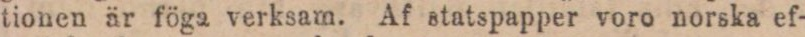
tionen är föga verksam. Af statspapper voro norska ef-